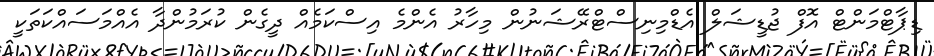
ޑިޕާޓްމަންޓް އޮފް ޖުޑީޝަލް އެޑްމިނިސްޓްރޭޝަނުން މިހާރު އެންމެ އިސްކަމެއް ދީގެން ކުރަމުންދާ އެއްމަސައްކަތަކީ